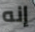
إنه